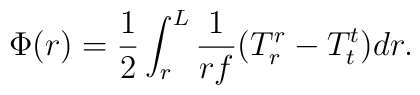
\Phi (r)={1\over 2}\int_{r}^{L}{1\over rf}(T^r_r-T^t_t)dr .